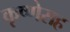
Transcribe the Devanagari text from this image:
कृष्णेसह